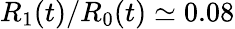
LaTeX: R_{1}(t)/R_{0}(t)\simeq 0.08